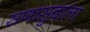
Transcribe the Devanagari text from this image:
सणासुदाला